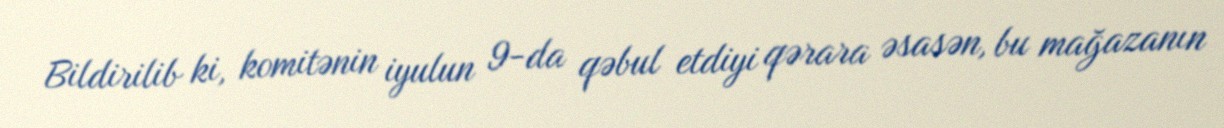
Bildirilib ki, komitənin iyulun 9-da qəbul etdiyi qərara əsasən, bu mağazanın